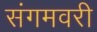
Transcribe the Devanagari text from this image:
संगमवरी